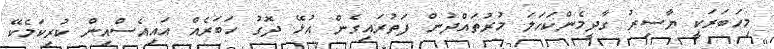
މިހަބަރަކީ ޔާސިރު ގާދީމެންކަހަލަ މުރުތައްދުން ފަތުރައިގެން އުޅޭ ދޮގު ހަބަރެއް އައިއެސްއިން ކުރިކަމެކޭ